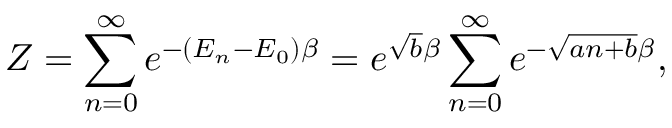
Z = \sum _ { n = 0 } ^ { \infty } e ^ { - ( E _ { n } - E _ { 0 } ) \beta } = e ^ { \sqrt { b } \beta } \sum _ { n = 0 } ^ { \infty } e ^ { - \sqrt { a n + b } \beta } ,